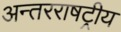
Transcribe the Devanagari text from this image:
अन्तरराषट्रीय